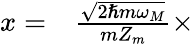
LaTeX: \begin{array}{rl}{x=}&{{}\frac{\sqrt{2\hslash m\omega_{M}}}{mZ_{m}}\times}\end{array}